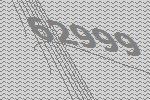
62999